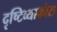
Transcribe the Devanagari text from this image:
दृष्टिव्याकोस